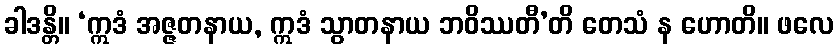
ခါဒန္တိ။ ‘ဣဒံ အဇ္ဇတနာယ, ဣဒံ သွာတနာယ ဘဝိဿတီ’တိ တေသံ န ဟောတိ။ ဖလေ